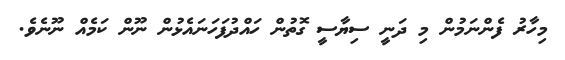
މިހާރު ފެންނަމުން މި ދަނީ ސިޔާސީ ގޮތުން ހައްދުފަހަނައެޅުން ނޫން ކަމެއް ނޫނެވެ.